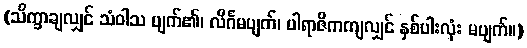
(သိက္ခာချလျှင် သံဝါသ ပျက်၏၊ လိင်္ဂမပျက်၊ ပါရာဇိကကျလျှင် နှစ်ပါးလုံး မပျက်။)